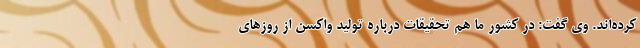
کرده‌اند. وی گفت: در کشور ما هم تحقیقات درباره تولید واکسن از روزهای